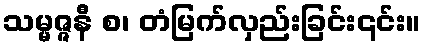
သမ္မဇ္ဇနီ စ၊ တံမြက်လှည်းခြင်း၎င်း။